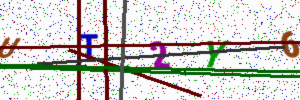
Text: UT2Y6